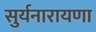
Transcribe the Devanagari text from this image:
सुर्यनारायणा